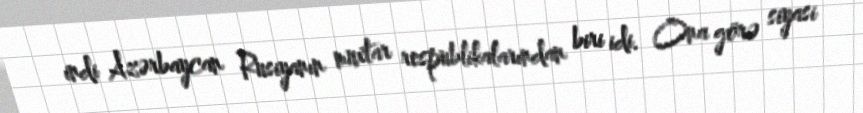
indi Azərbaycan Rusiyanın muxtar respublikalarından biri idi. Ona görə siyasi